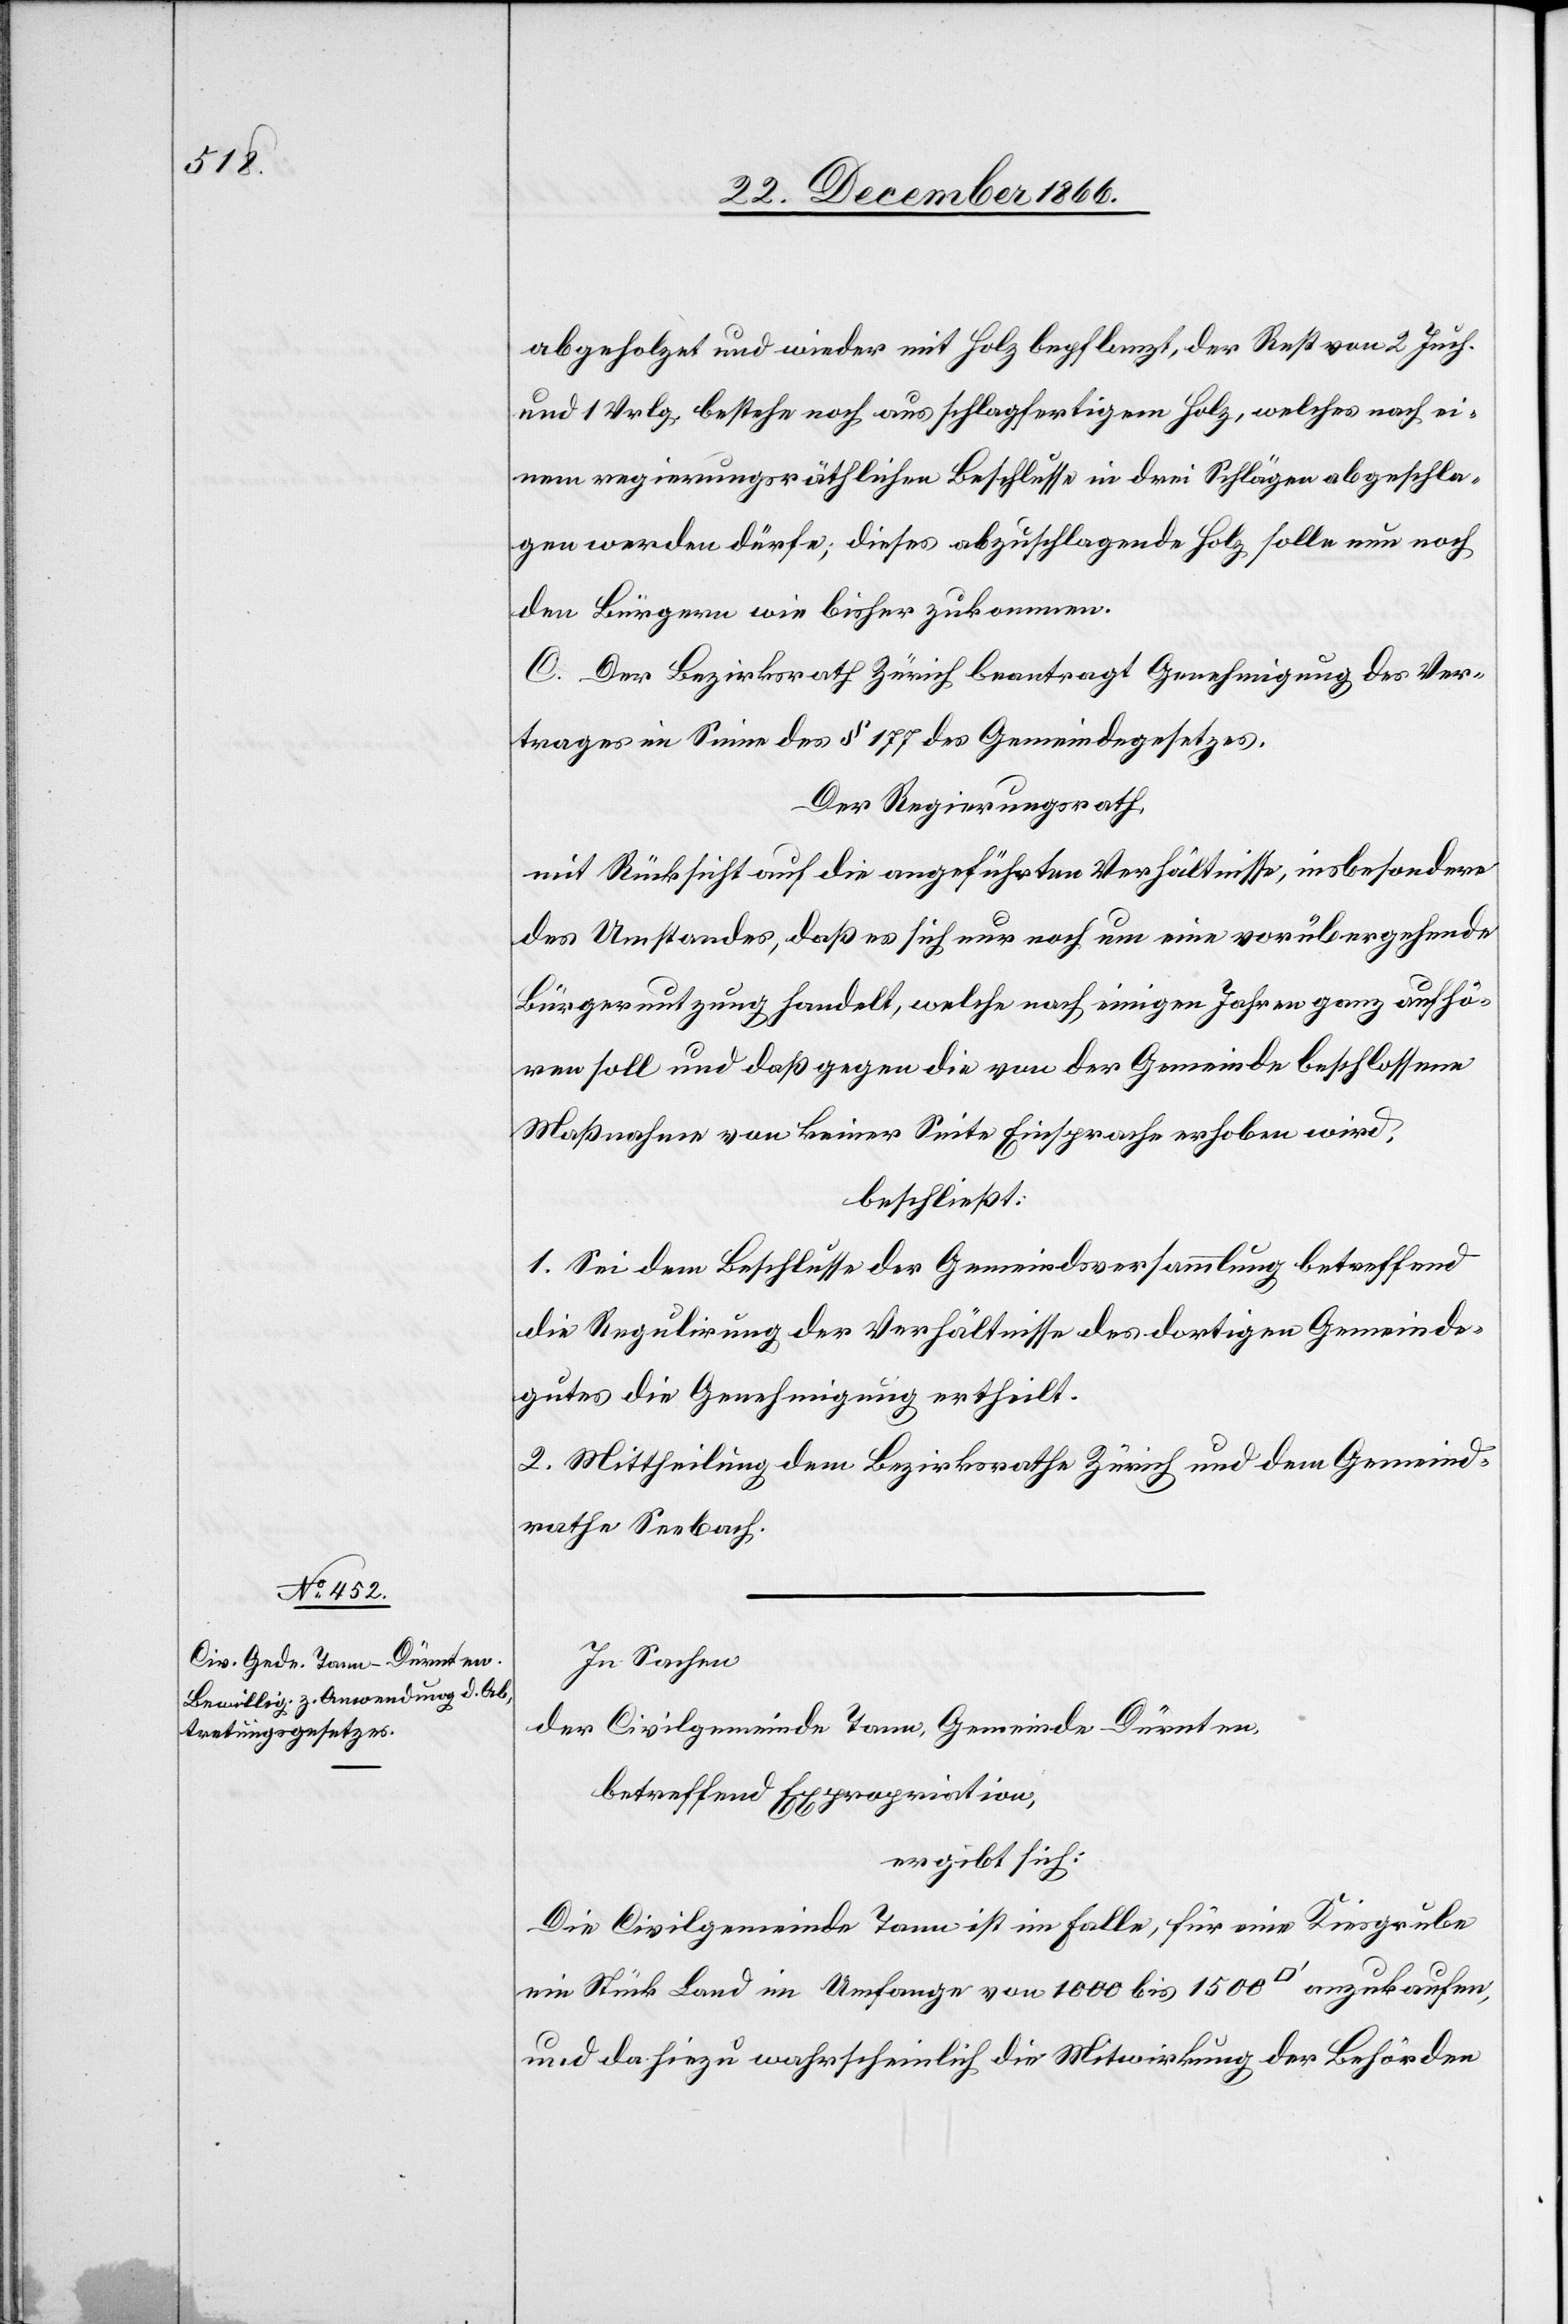
abgeholzet und wieder mit Holz bepflanzt, der Rest von 2 Juch.
und 1 Vrlg. bestehe noch aus schlagfertigem Holz, welches nach ei¬
nem regierungsräthlichen Beschlusse in drei Schlägen abgeschla¬
gen werden dürfe; dieses abzuschlagende Holz solle nun noch
den Bürgern wie bisher zukommen.
C. Der Bezirksrath Zürich beantragt Genehmigung des Ver¬
trages im Sinne des § 177 des Gemeindegesetzes.
Der Regierungsrath,
mit Rücksicht auf die angeführten Verhältnisse, insbesondere
des Umstandes, daß es sich nur noch um eine vorübergehende
Bürgernutzung handelt, welche nach einigen Jahren ganz aufhö¬
ren soll und daß gegen die von der Gemeinde beschlossene
Maßnahme von keiner Seite Einsprache erhoben wird,
beschließt:
1. Sei dem Beschlusse der Gemeindsversammlung betreffend
die Regulirung der Verhältnisse des dortigen Gemeinde¬
gutes die Genehmigung ertheilt.
2. Mittheilung dem Bezirksrathe Zürich und dem Gemeind¬
rathe Seebach.
In Sachen
der Civilgemeinde Tann, Gemeinde Dürnten,
betreffend Expropriation,
ergibt sich:
Die Civilgemeinde Tann ist im Falle, für eine Kiesgrube
ein Stück Land im Umfange von 1000 bis 1500 [Quadratfuß] anzukaufen,
und da hiezu wahrscheinlich die Mitwirkung der Behörden